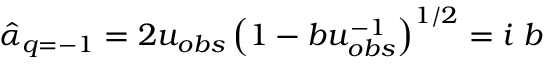
\hat { \alpha } _ { q = - 1 } = 2 u _ { o b s } \left( 1 - b u _ { o b s } ^ { - 1 } \right) ^ { 1 / 2 } = i \; b